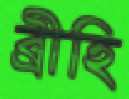
ব্রীহি